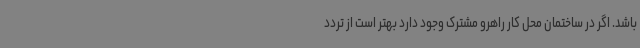
باشد. اگر در ساختمان محل کار راهرو مشترک وجود دارد بهتر است از تردد